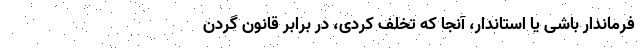
فرماندار باشی یا استاندار، آنجا که تخلف کردی، در برابر قانون گردن